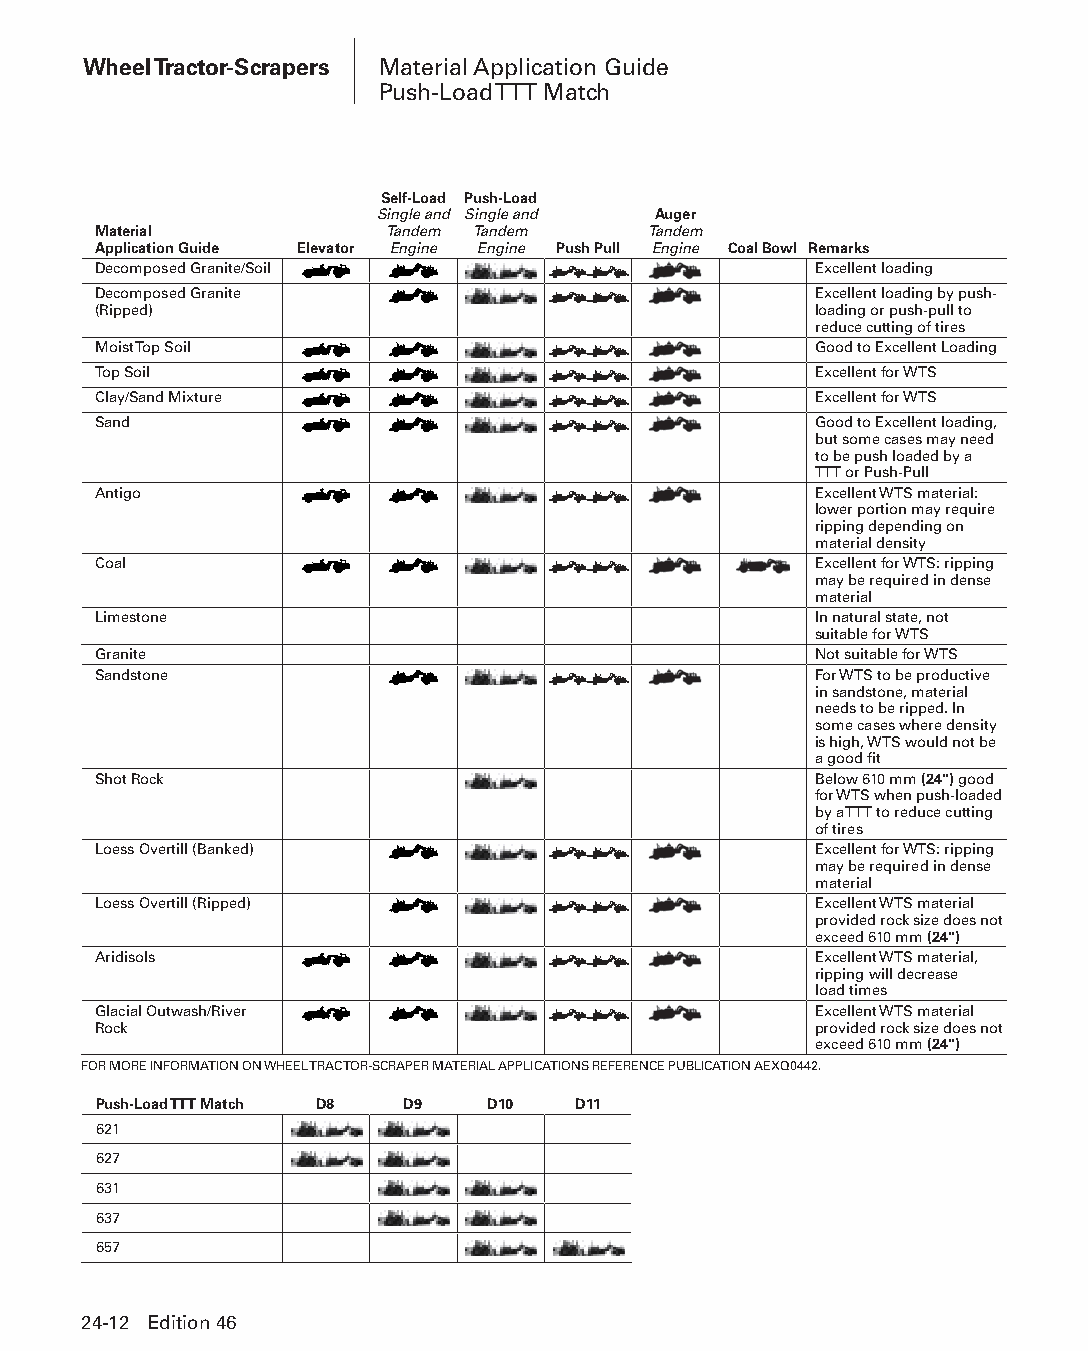
Wheel Tractor-Scrapers Material Application Guide
 Push-Load TTT Match
 Self-Load Push-Load
 Single and Single and Auger
 Material           Tandem Tandem    Tandem
 Application Guide Elevator Engine Engine Push Pull Engine Coal Bowl Remarks
 Decomposed Granite/Soil                        Excellent loading
 Decomposed Granite                             Excellent loading by push-
 (Ripped)                                       loading or push-pull to
 reduce cutting of tires
 Moist Top Soil                                 Good to Excellent Loading
 Top Soil                                       Excellent for WTS
 Clay/Sand Mixture                              Excellent for WTS
 Sand                                           Good to Excellent loading,
 but some cases may need
 to be push loaded by a
 TTT or Push-Pull
 Antigo                                         Excellent WTS material:
 lower portion may require
 ripping depending on
 material density
 Coal                                           Excellent for WTS: ripping
 may be required in dense
 material
 Limestone                                      In natural state, not
 suitable for WTS
 Granite                                        Not suitable for WTS
 Sandstone                                      For WTS to be productive
 in sandstone, material
 needs to be ripped. In
 some cases where density
 is high, WTS would not be
 a good fit
 Shot Rock                                      Below 610 mm (24") good
 for WTS when push-loaded
 by a TTT to reduce cutting
 of tires
 Loess Overtill (Banked)                        Excellent for WTS: ripping
 may be required in dense
 material
 Loess Overtill (Ripped)                        Excellent WTS material
 provided rock size does not
 exceed 610 mm (24")
 Aridisols                                      Excellent WTS material,
 ripping will decrease
 load times
 Glacial Outwash/River                          Excellent WTS material
 Rock                                           provided rock size does not
 exceed 610 mm (24")
 FOR MORE INFORMATION ON WHEEL TRACTOR-SCRAPER MATERIAL APPLICATIONS REFERENCE PUBLICATION AEXQ0442.
 Push-Load TTT Match D8 D9 D10  D11
 621
 627
 631
 637
 657
 24-12 Edition 46
 PPHHBB--SSeecc2244--1166..iinndddd 1122                        1122//44//1155 1111::1155 AAMM